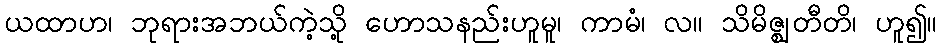
ယထာဟ၊ ဘုရားအဘယ်ကဲ့သို့ ဟောသနည်းဟူမူ၊ ကာမံ၊ လ။ သိမိဇ္ဈတီတိ၊ ဟူ၍။